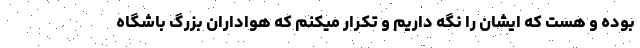
بوده و هست که ایشان را نگه داریم و تکرار میکنم که هواداران بزرگ باشگاه